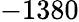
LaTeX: -1380